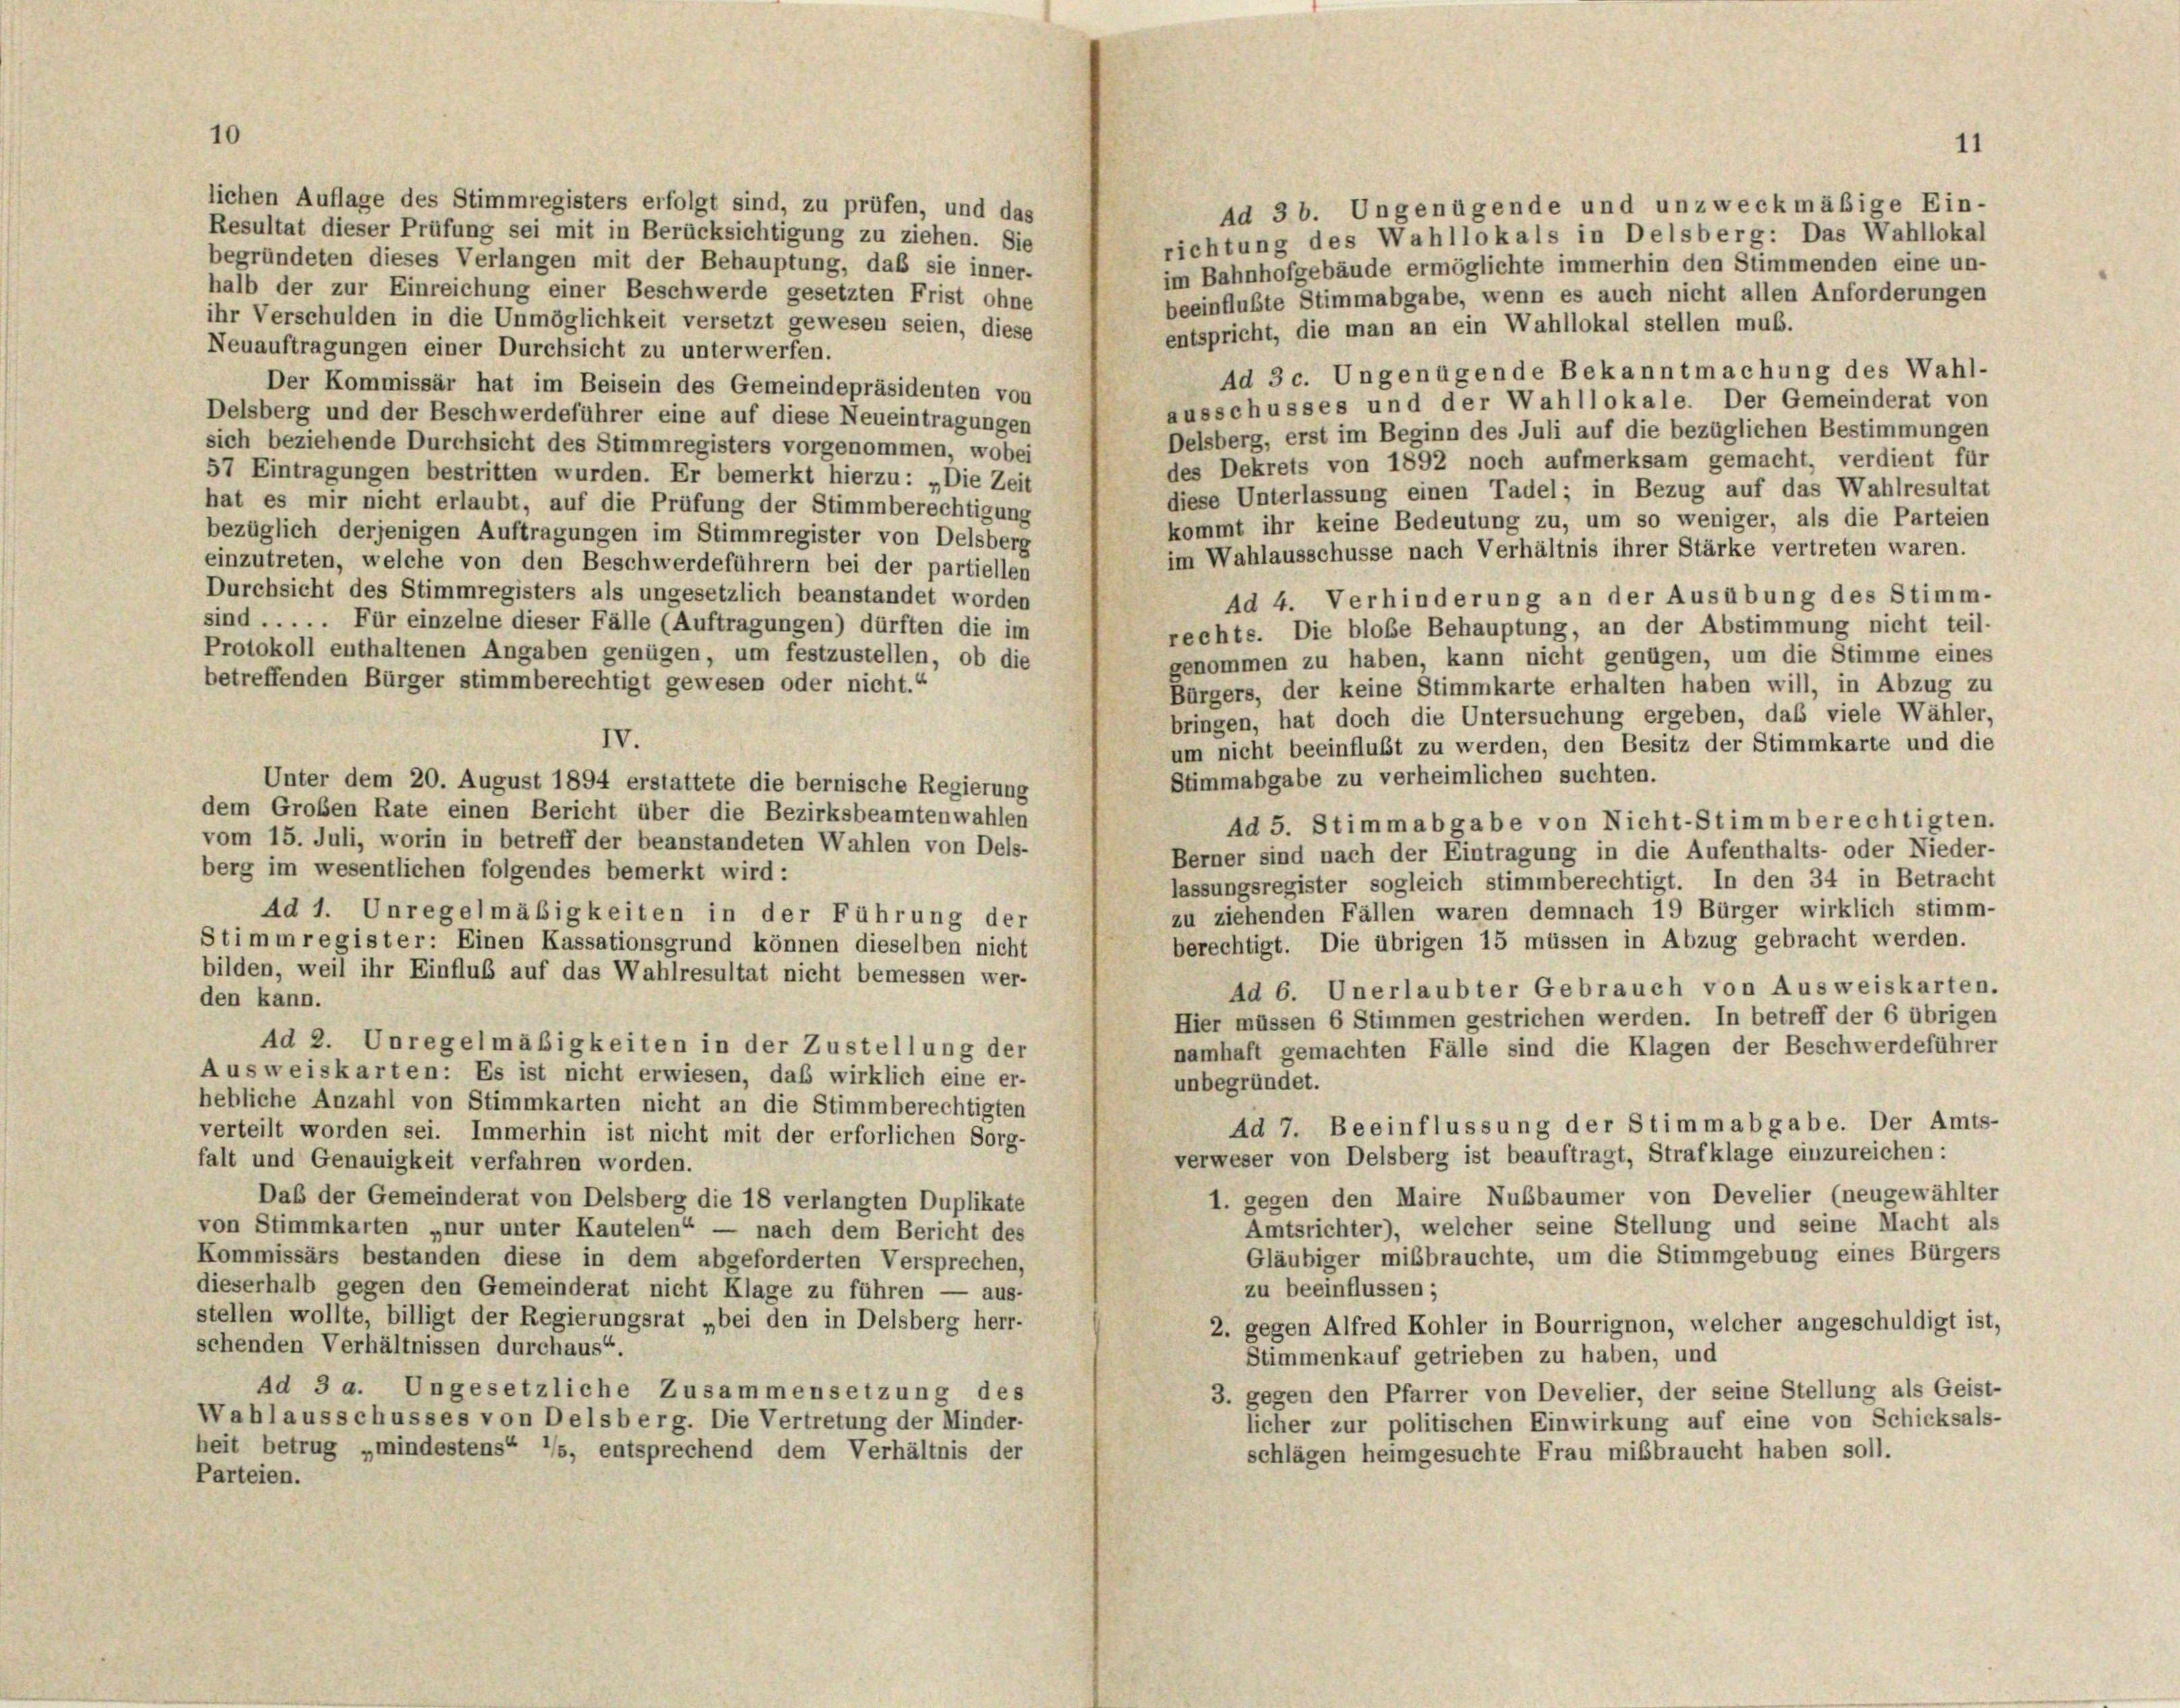
lichen Auflage des Stimmregisters erfolgt sind, zu prüfen, und das
Ad 3b. Ungenügende und unzweckmäßige Ein-
Resultat dieser Prüfung sei mit in Berücksichtigung zu ziehen. Sie
richtung des Wahllokals in Delsberg: Das Wahllokal
begründeten dieses Verlangen mit der Behauptung, daß sie inner-
im Bahnhofgebäude ermöglichte immerhin den Stimmenden eine un
halb der zur Einreichung einer Beschwerde gesetzten Frist ohne
beeinflußte Stimmabgabe, wenn es auch nicht allen Anforderungen
ihr Verschulden in die Unmöglichkeit versetzt gewesen seien, diese
entspricht, die man an ein Wahllokal stellen muß.
Neuauftragungen einer Durchsicht zu unterwerfen.
Ad 3 c. Ungenügende Bekanntmachung des Wahl-
Der Kommissär hat im Beisein des Gemeindepräsidenten von
ausschusses und der Wahllokale. Der Gemeinderat von
Delsberg und der Beschwerdeführer eine auf diese Neueintragungen
Delsberg, erst im Beginn des Juli auf die bezüglichen Bestimmungen
sich beziehende Durchsicht des Stimmregisters vorgenommen, wobei
des Dekrets von 1892 noch aufmerksam gemacht, verdient für
57 Eintragungen bestritten wurden. Er bemerkt hierzu: „Die Zeit
diese Unterlassung einen Tadel; in Bezug auf das Wahlresultat
hat es mir nicht erlaubt, auf die Prüfung der Stimmberechtigung
kommt ihr keine Bedeutung zu, um so weniger, als die Parteien
bezüglich derjenigen Auftragungen im Stimmregister von Delsberg
im Wahlausschüsse nach Verhältnis ihrer Stärke vertreten waren.
einzutreten, welche von den Beschwerdeführern bei der partiellen
Durchsicht des Stimmregisters als ungesetzlich beanstandet worden
Ad 4. Verhinderung an der Ausübung des Stimm-
sind . . . . . Für einzelne dieser Fälle (Auftragungen) dürften die im
rechts. Die bloße Behauptung, an der Abstimmung nicht teil-
Protokoll enthaltenen Angaben genügen, um festzustellen, ob die
genommen zu haben, kann nicht genügen, um die Stimme eines
betreffenden Bürger stimmberechtigt gewesen oder nicht.“
Bürgers, der keine Stimmkarte erhalten haben will, in Abzug zu
bringen, hat doch die Untersuchung ergeben, das viele Wähler,
IV.
um nicht beeinflußt zu werden, den Besitz der Stimmkarte und die
Stimmabgabe zu verheimlichen suchten.
Unter dem 20. August 1894 erstattete die bernische Regierung
dem Großen Rate einen Bericht über die Bezirksbeamtenwahlen
Ad 5. Stimmabgabe von Nicht-Stimmberechtigten.
vom 15. Juli, worin in betreff der beanstandeten Wahlen von Dels-
Berner sind nach der Eintragung in die Aufenthalts- oder Nieder-
berg im wesentlichen folgendes bemerkt wird:
lassungsregister sogleich stimmberechtigt. In den 34 in Betracht
zu ziehenden Fällen waren demnach 19 Bürger wirklich stimm-
Ad 1. Unregelmäßigkeiten in der Führung der
berechtigt. Die übrigen 15 müssen in Abzug gebracht werden.
Stimmregister: Einen Kassationsgrund können dieselben nicht
bilden, weil ihr Einfluß auf das Wahlresultat nicht bemessen wer-
Ad 6. Unerlaubter Gebrauch von Ausweiskarten.
den kann.
Hier müssen 6 Stimmen gestrichen werden. In betreff der 6 übrigen
Ad 2. Unregelmäßigkeiten in der Zustellung der
namhaft gemachten Fälle sind die Klagen der Beschwerdeführer
Ausweiskarten: Es ist nicht erwiesen, daß wirklich eine er-
unbegründet.
hebliche Anzahl von Stimmkarten nicht an die Stimmberechtigten
Ad 7. Beeinflussung der Stimmabgabe. Der Amts-
verteilt worden sei. Immerhin ist nicht mit der erforlichen Sorg-
verweser von Delsberg ist beauftragt, Strafklage einzureichen:
falt und Genauigkeit verfahren worden.
1. gegen den Maire Nußbaumer von Develier (neugewählter
Daß der Gemeinderat von Delsberg die 18 verlangten Duplikate
Amtsrichter), welcher seine Stellung und seine Macht als
von Stimmkarten „nur unter Kautelen“ — nach dem Bericht des
Gläubiger mißbrauchte, um die Stimmgebung eines Bürgers
Kommissärs bestanden diese in dem abgeforderten Versprechen,
dieserhalb gegen den Gemeinderat nicht Klage zu führen — aus-
zu beeinflussen;
stellen wollte, billigt der Regierungsrat „bei den in Delsberg herr-
2. gegen Alfred Kohler in Bourrignon, welcher angeschuldigt ist,
schenden Verhältnissen durchaus“.
Stimmenkauf getrieben zu haben, und
Ad 3 a. Ungesetzliche Zusammensetzung des
3. gegen den Pfarrer von Develier, der seine Stellung als Geist-
Wahl ausschusses von Delsberg. Die Vertretung der Minder-
licher zur politischen Einwirkung auf eine von Schicksals-
heit betrug „mindestens“ */s, entsprechend dem Verhältnis der
schlägen heimgesuchte Frau mißbraucht haben soll.
Parteien.